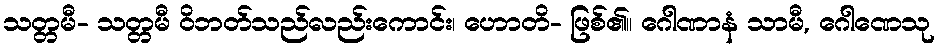
သတ္တမီ- သတ္တမီ ဝိဘတ်သည်လည်းကောင်း၊ ဟောတိ- ဖြစ်၏။ ဂေါဏာနံ သာမီ, ဂေါဏေသု